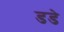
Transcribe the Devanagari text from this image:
डडे